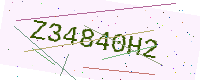
Text: Z34840H2